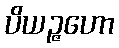
ပိယဉ္ဇဟော